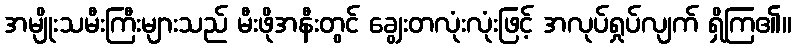
အမျိုးသမီးကြီးများသည် မီးဖိုအနီးတွင် ချွေးတလုံးလုံးဖြင့် အလုပ်ရှုပ်လျက် ရှိကြ၏။